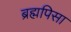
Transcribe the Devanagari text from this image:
ब्रह्मपिसा